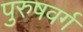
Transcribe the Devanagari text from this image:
पुरुषवर्ग